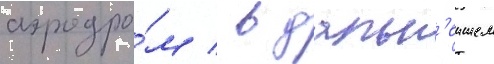
аэродро́м / в дальн'еишем